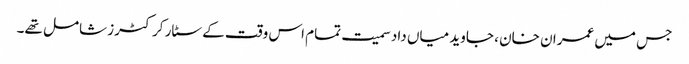
جس میں عمران خان ، جاوید میاں داد سمیت تمام اس وقت کے سٹار کرکٹرز شامل تھے۔